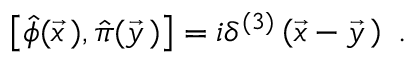
\left[ \hat { \phi } ( \vec { x } \, ) , \hat { \pi } ( \vec { y } \, ) \right] = i \delta ^ { ( 3 ) } \left( \vec { x } - \vec { y } \, \right) \ .